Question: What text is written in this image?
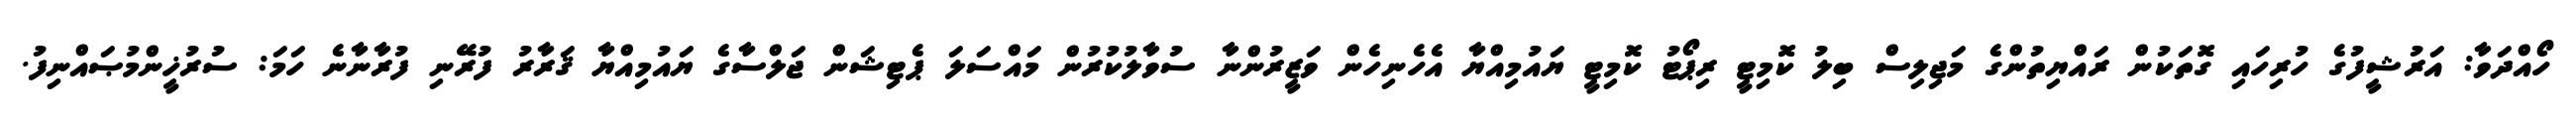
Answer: ހޯއްދަވާ: އަރުޝީފުގެ ހުރިހައި ގޮތަކުން ރައްޔިތުންގެ މަޖިލިސް ބިލު ކޮމިޓީ ރިޕޯޓު ކޮމިޓީ ޔައުމިއްޔާ އެހެނިހެން ވަޒީރުންނާ ސުވާލުކުރުން މައްސަލަ ޕެޓިޝަން ޖަލްސާގެ ޔައުމިއްޔާ ޤަރާރު ފުރޭނި ފުރާނާނެ ހަމަ: ސުރުޚީންމުޞައްނިފު.